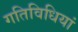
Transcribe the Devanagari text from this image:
गतिविधियां